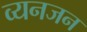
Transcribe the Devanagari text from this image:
व्यनजन